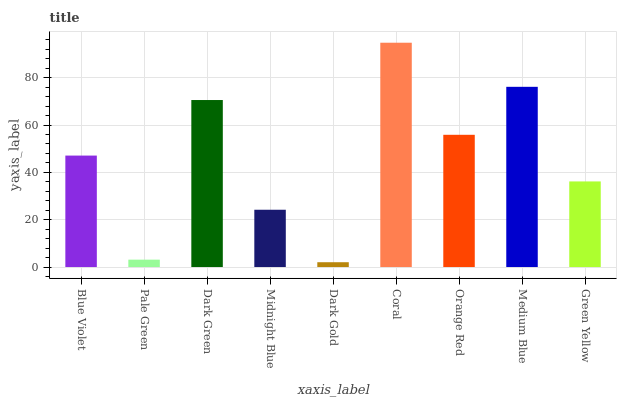
| xaxis_label | bars |
 | --- | --- |
 | Blue Violet | 47.1 |
 | Pale Green | 3.12 |
 | Dark Green | 70.6 |
 | Midnight Blue | 24.2 |
 | Dark Gold | 2.04 |
 | Coral | 94.8 |
 | Orange Red | 55.9 |
 | Medium Blue | 76.2 |
 | Green Yellow | 36.2 |